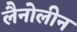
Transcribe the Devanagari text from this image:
लैनोलीन